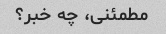
مطمئنی، چه خبر؟